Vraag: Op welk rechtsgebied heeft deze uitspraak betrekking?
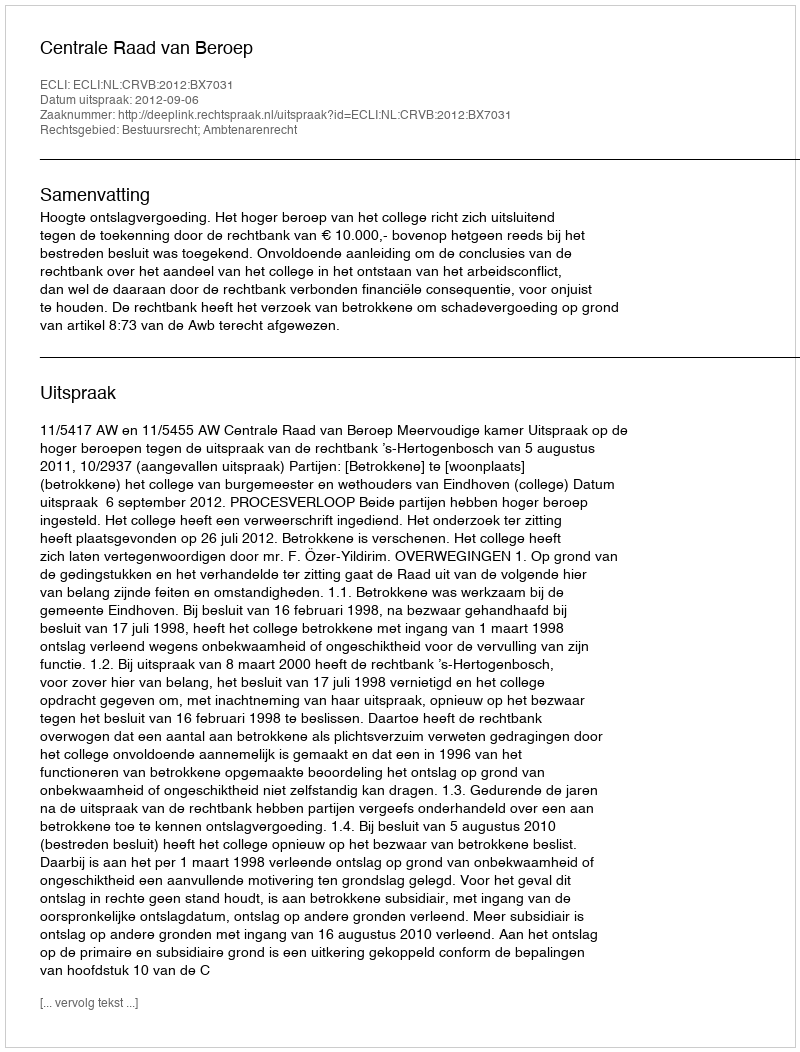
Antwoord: Bestuursrecht; Ambtenarenrecht